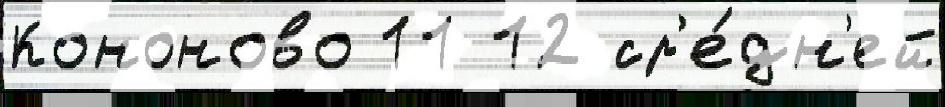
Кононово 11 12 ср'е́дн'ей